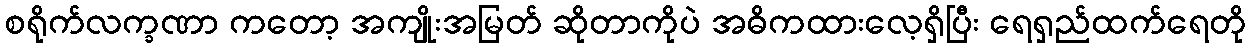
စရိုက်လက္ခဏာ ကတော့ အကျိုးအမြတ် ဆိုတာကိုပဲ အဓိကထားလေ့ရှိပြီး ရေရှည်ထက်ရေတို